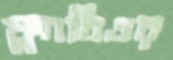
ফ্ল্যাবিওর